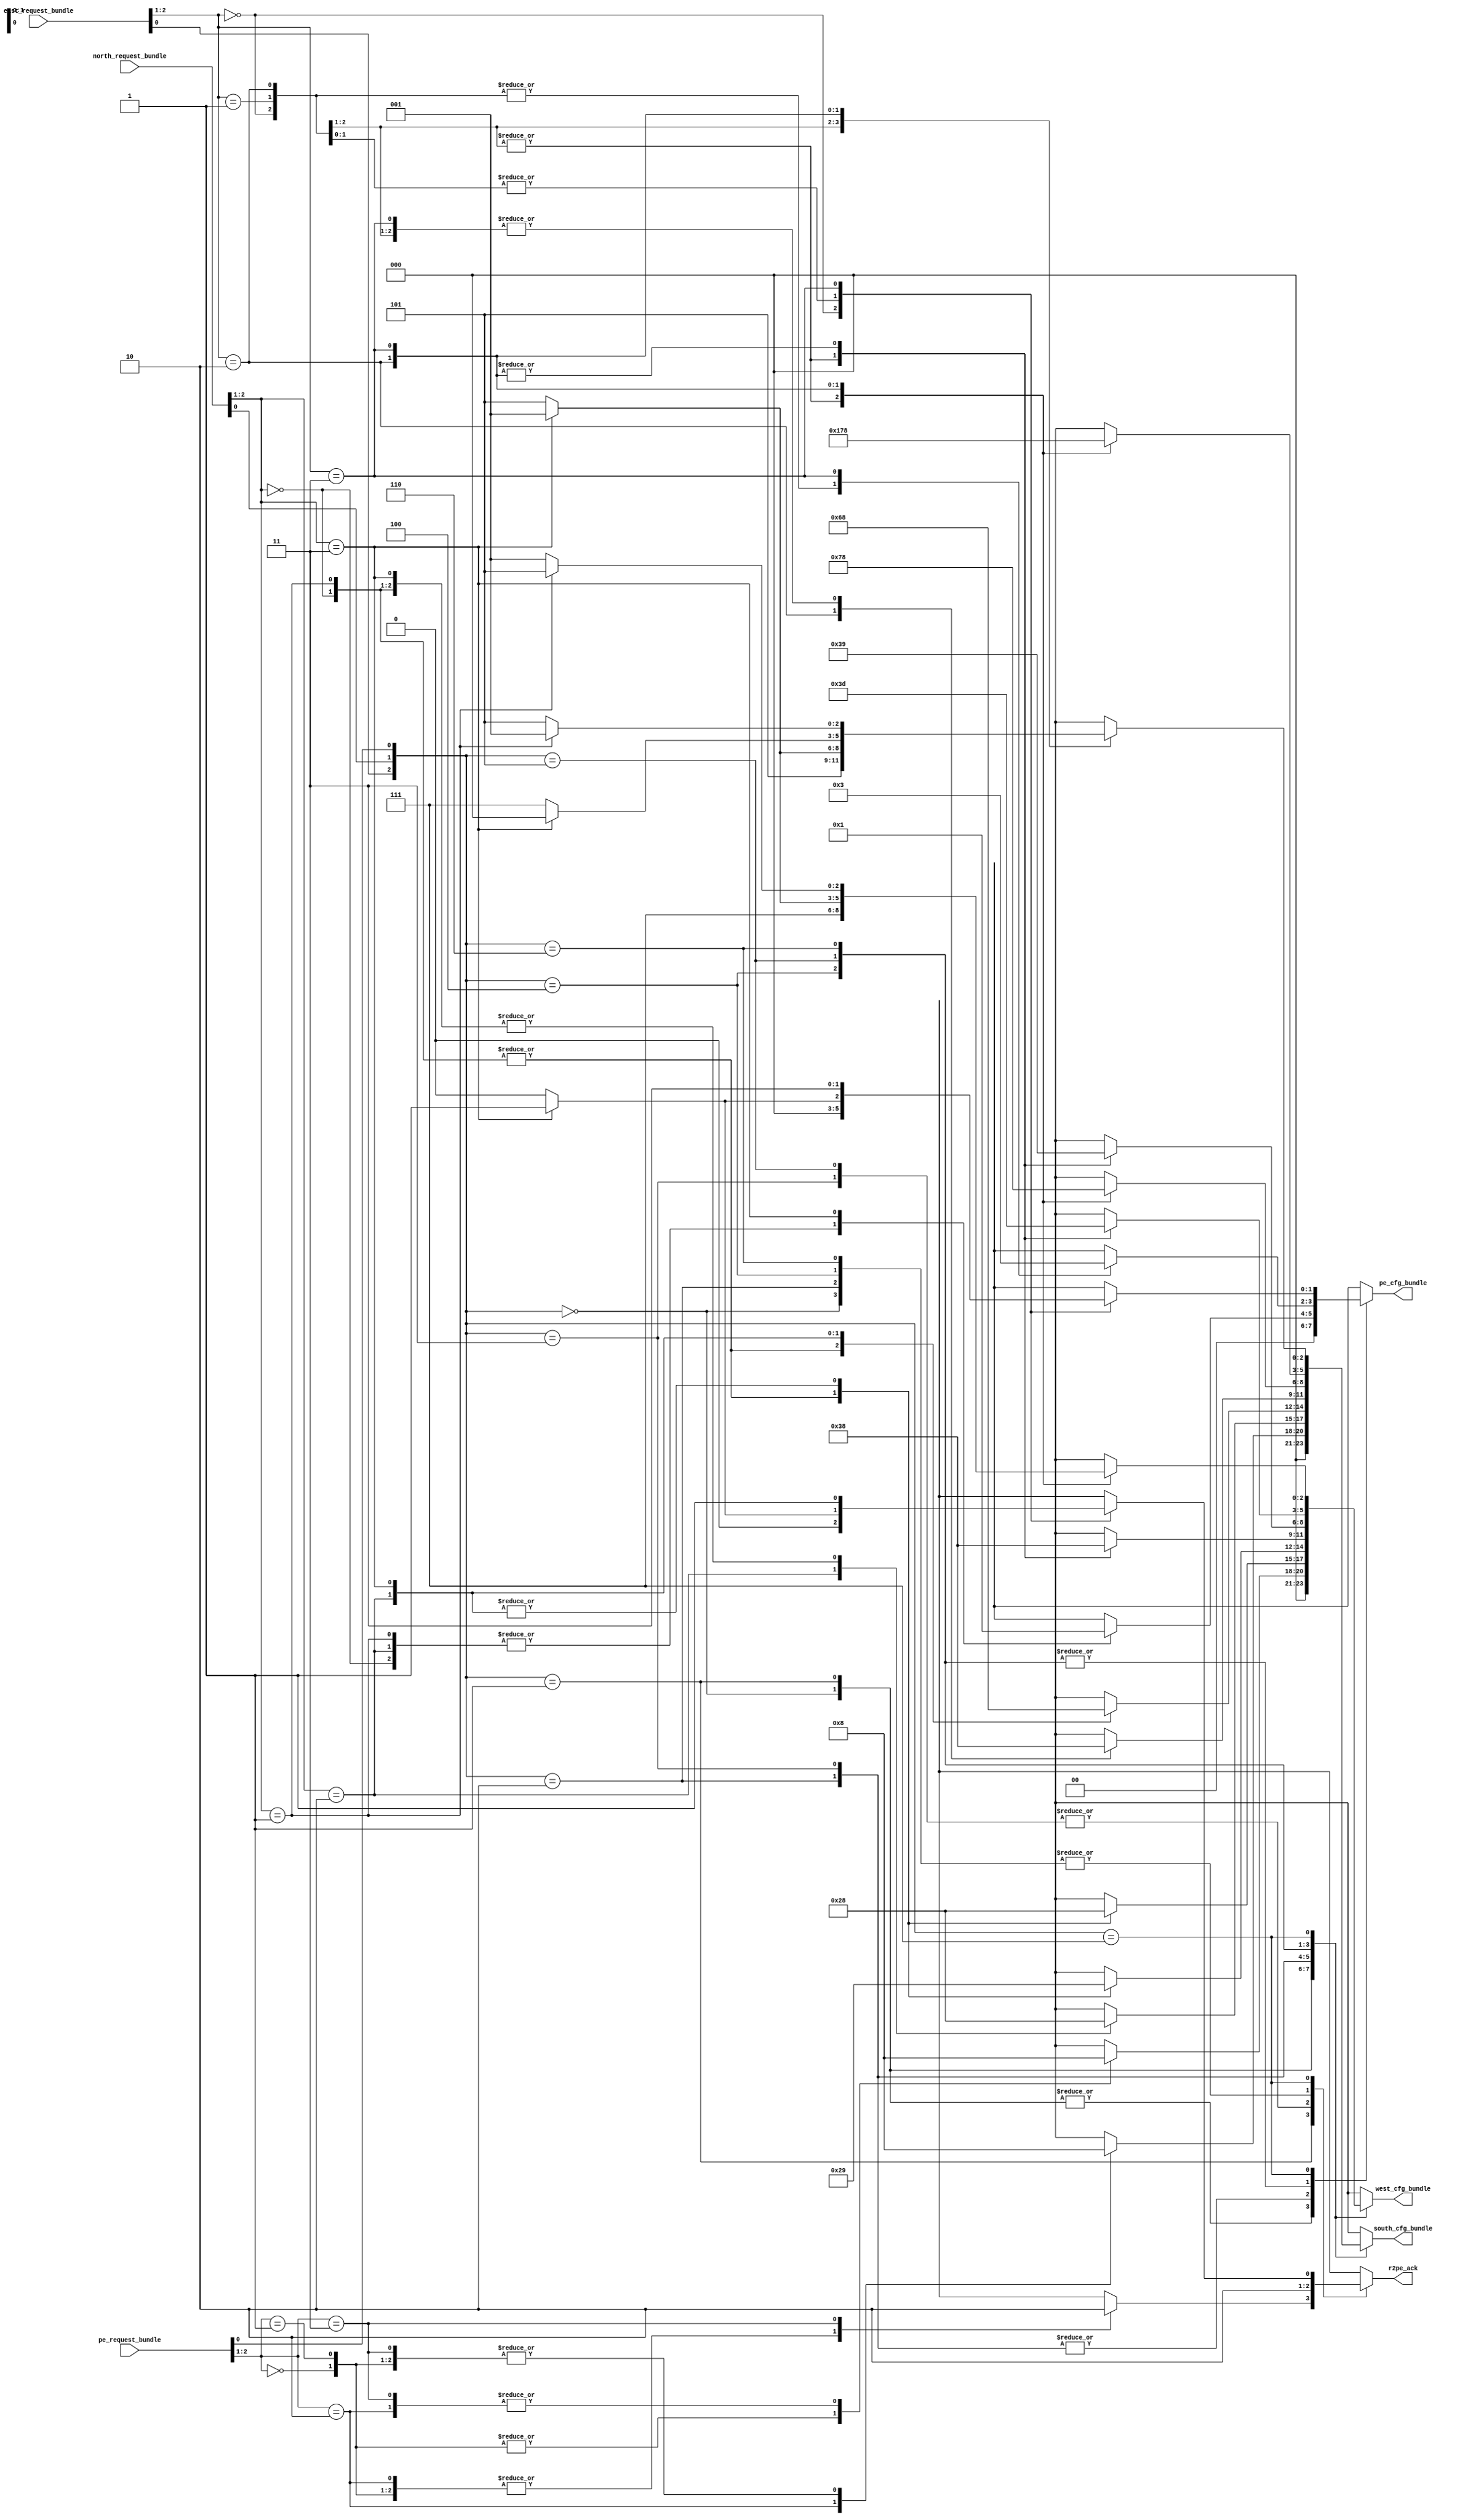

module arbitro (

  // Request bundles are composed by:
  //    * request_bundle[2] :: hit_x
  //    * request_bundle[1] :: hit_y
  //    * request_bundle[0] :: request
    input wire [2:0] pe_request_bundle,
    input wire [2:0] north_request_bundle,
    input wire [2:0] east_request_bundle,

// Configuration bundles are composed by:
//    * cfg_bundle[2] :: mux_ctrl[1]
//    * cfg_bundle[1] :: mux_ctrl[0]
//    * cfg_bundle[0] :: toggle

    output reg [1:0] pe_cfg_bundle,
    output reg [2:0] south_cfg_bundle,
    output reg [2:0] west_cfg_bundle,

// ACK that a request from the PE has been accepted
    output reg      r2pe_ack
  );

// Local Symbols
  localparam  MUX_EAST  = 3'b111;
  localparam  MUX_NORTH = 3'b101;
  localparam  MUX_PE    = 3'b001;
  localparam  MUX_NULL  = 3'b000;
  localparam  PE_NULL   = 2'b00;

// Signal for visivility at debug
  wire [2:0] request_vector;

  assign request_vector = {east_request_bundle[0], north_request_bundle[0], pe_request_bundle[0]};

// First level classification - by active request

always @(*)
  begin

  // default values to infer combinational logic
  west_cfg_bundle  = MUX_NULL;
  south_cfg_bundle = MUX_NULL;
  pe_cfg_bundle    = PE_NULL;

  r2pe_ack         = 1'b0;

    case (request_vector)
      3'b000: // None
        begin
          // Everything on default
        end


      3'b001: // PE
        begin
          r2pe_ack = 1'b1;
          case (pe_request_bundle[2:1])
            2'b00:  west_cfg_bundle  = MUX_PE;    // mux1 -> pe, mux2 -> north, toggle -> 1
            2'b01:  west_cfg_bundle  = MUX_PE;    // mux1 -> pe, mux2 -> north, toggle -> 1
            2'b10:  south_cfg_bundle = MUX_PE;    // mux1 -> pe, mux2 -> north, toggle -> 1
            2'b11:
              begin
                r2pe_ack = 1'b0;
                south_cfg_bundle = MUX_NULL;  // invalid
              end
          endcase
        end


      3'b010: // North
        case (north_request_bundle[2:1])
          2'b00:  west_cfg_bundle  = MUX_NORTH; // mux1 -> ports, mux2 -> north, toggle -> 1
          2'b01:  west_cfg_bundle  = MUX_NORTH; // mux1 -> ports, mux2 -> north, toggle -> 1
          2'b10:  south_cfg_bundle = MUX_NORTH; // mux1 -> ports, mux2 -> north, toggle -> 1
          2'b11:  pe_cfg_bundle    = 2'b01;     // mux1 -> north  toggle -> 1
        endcase


      3'b011: // North, PE
        begin
          r2pe_ack = 1'b1;
          case (north_request_bundle[2:1])
              2'b00:
                begin
                  west_cfg_bundle  = MUX_NORTH; // mux1 -> ports, mux2 -> north, toggle -> 1
                  south_cfg_bundle = MUX_PE;    // mux1 -> pe,    mux2 -> north, toggle -> 1
                end
            2'b01:
              begin
                west_cfg_bundle  = MUX_NORTH; // mux1 -> ports, mux2 -> north, toggle -> 1
                south_cfg_bundle = MUX_PE;    // mux1 -> pe,    mux2 -> north, toggle -> 1
              end
            2'b10:
              begin
                south_cfg_bundle = MUX_NORTH; // mux1 -> ports, mux2 -> north, toggle -> 1
                west_cfg_bundle  = MUX_PE;    // mux1 -> pe,    mux2 -> north, toggle -> 1
              end
            2'b11:
              begin
                west_cfg_bundle = MUX_PE;    // mux1 -> pe,    mux2 -> north, toggle -> 1
                pe_cfg_bundle   = 2'b01;     // mux1 -> north  toggle -> 1
              end
          endcase
        end


      3'b100: // East
        case (east_request_bundle[2:1])
          2'b00:  west_cfg_bundle  = MUX_EAST; // mux1 -> ports, mux2 -> east, toggle -> 1
          2'b01:  west_cfg_bundle  = MUX_EAST; // mux1 -> ports, mux2 -> east, toggle -> 1
          2'b10:  south_cfg_bundle = MUX_EAST; // mux1 -> ports, mux2 -> east, toggle -> 1
          2'b11:  pe_cfg_bundle    = 2'b11;  // mux1 -> east   toggle -> 1
        endcase


      3'b101: // East, PE
        begin
          r2pe_ack = 1'b1;
          case (east_request_bundle[2:1])
            2'b00:
              begin
                west_cfg_bundle  = MUX_EAST; // mux1 -> ports, mux2 -> east, toggle -> 1
                south_cfg_bundle = MUX_PE;   // mux1 -> pe,    mux2 -> north, toggle -> 1
              end

            2'b01:
              begin
                west_cfg_bundle  = MUX_EAST; // mux1 -> ports, mux2 -> east,  toggle -> 1
                south_cfg_bundle = MUX_PE;   // mux1 -> pe,    mux2 -> north, toggle -> 1
              end
            2'b10:
              begin
                south_cfg_bundle = MUX_EAST; // mux1 -> ports, mux2 -> east,  toggle -> 1
                west_cfg_bundle  = MUX_PE;   // mux1 -> pe,    mux2 -> north, toggle -> 1
              end
            2'b11:
              begin
                west_cfg_bundle = MUX_PE;  // mux1 -> pe,    mux2 -> north, toggle -> 1
                pe_cfg_bundle   = 2'b11;   // mux1 -> east   toggle -> 1
              end
          endcase
        end


      3'b110: // East, North
        case (east_request_bundle[2:1])
          2'b00:
            begin
              west_cfg_bundle  = MUX_EAST;  // mux1 -> ports, mux2 -> east, toggle -> 1
              south_cfg_bundle = MUX_NORTH; // mux1 -> ports, mux2 -> north, toggle -> 1
            end

          2'b01:
            begin
              west_cfg_bundle  = MUX_EAST;  // mux1 -> ports, mux2 -> east,  toggle -> 1
              south_cfg_bundle = MUX_NORTH; // mux1 -> ports, mux2 -> north, toggle -> 1
            end
          2'b10:
            begin
              south_cfg_bundle = MUX_EAST;  // mux1 -> ports, mux2 -> east,  toggle -> 1
              west_cfg_bundle  = MUX_NORTH; // mux1 -> ports, mux2 -> north, toggle -> 1
            end
          2'b11:
            begin
              west_cfg_bundle  = MUX_NORTH; // mux1 -> ports, mux2 -> north, toggle -> 1
              pe_cfg_bundle   = 2'b11;      // mux1 -> east   toggle -> 1
            end
        endcase


      3'b111: // East, North, PE
        case (east_request_bundle[2:1])
          2'b00:
            begin
              west_cfg_bundle  = MUX_EAST;  // mux1 -> ports, mux2 -> east, toggle -> 1
              south_cfg_bundle = MUX_NORTH; // mux1 -> ports, mux2 -> north, toggle -> 1
            end

          2'b01:
            begin
              west_cfg_bundle  = MUX_EAST;  // mux1 -> ports, mux2 -> east,  toggle -> 1
              if (north_request_bundle[2:1] == 2'b11)
                begin
                  south_cfg_bundle  = MUX_PE; // mux1 -> pe,    mux2 -> north, toggle -> 1
                  pe_cfg_bundle     = 2'b01;  // mux1 -> north, toggle -> 1
                  r2pe_ack          = 1'b1;
                end
              else
                  south_cfg_bundle = MUX_NORTH; // mux1 -> ports, mux2 -> north, toggle -> 1
            end
          2'b10:
            begin
              west_cfg_bundle  = MUX_NORTH; // mux1 -> ports, mux2 -> north, toggle -> 1
              if (north_request_bundle[2:1] == 2'b11)
                begin
                  west_cfg_bundle = MUX_PE; // mux1 -> pe,    mux2 -> north, toggle -> 1
                  pe_cfg_bundle   = 2'b01;  // mux1 -> north, toggle -> 1
                  r2pe_ack        = 1'b1;
                end
              else
                south_cfg_bundle = MUX_EAST;  // mux1 -> ports, mux2 -> east,  toggle -> 1
            end
          2'b11:
            begin
              if (north_request_bundle[2:1] == 2'b01)
                begin
                  west_cfg_bundle  = MUX_NORTH; // mux1 -> ports, mux2 -> north, toggle -> 1
                  south_cfg_bundle = MUX_PE;    // mux1 -> pe,    mux2 -> north, toggle -> 1
                end
              else
                begin
                  west_cfg_bundle  = MUX_PE;    // mux1 -> pe,    mux2 -> north, toggle -> 1
                  south_cfg_bundle = MUX_NORTH;  // mux1 -> ports, mux2 -> north, toggle -> 1
                end
              pe_cfg_bundle   = 2'b11;      // mux1 -> east   toggle -> 1
              r2pe_ack        = 1'b1;
            end
        endcase


    endcase // first level descrimination :: by active request
  end // arbiter body


endmodule